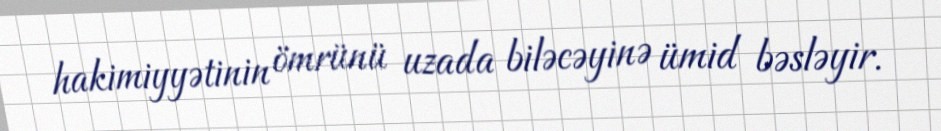
hakimiyyətinin ömrünü uzada biləcəyinə ümid bəsləyir.